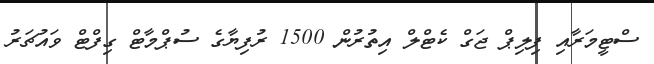
ސްޓީމަރާއި ފިލިޕް ޖަގް ކެޓްލް އިތުރުން 1500 ރުފިޔާގެ ސުޕްމާޓް ގިފްޓް ވައުޗަރު